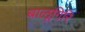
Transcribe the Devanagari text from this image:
बालूगिरि